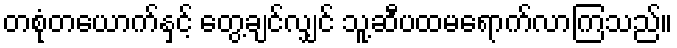
တစုံတယောက်နှင့် တွေ့ချင်လျှင် သူ့ဆီပထမရောက်လာကြသည်။